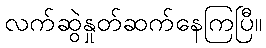
လက်ဆွဲနှုတ်ဆက်နေကြပြီ။